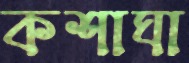
কশাঘা